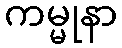
ကမ္မုနာ